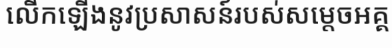
លើកឡើងនូវប្រសាសន៍របស់សម្តេចអគ្គ